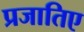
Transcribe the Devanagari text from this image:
प्रजातिए